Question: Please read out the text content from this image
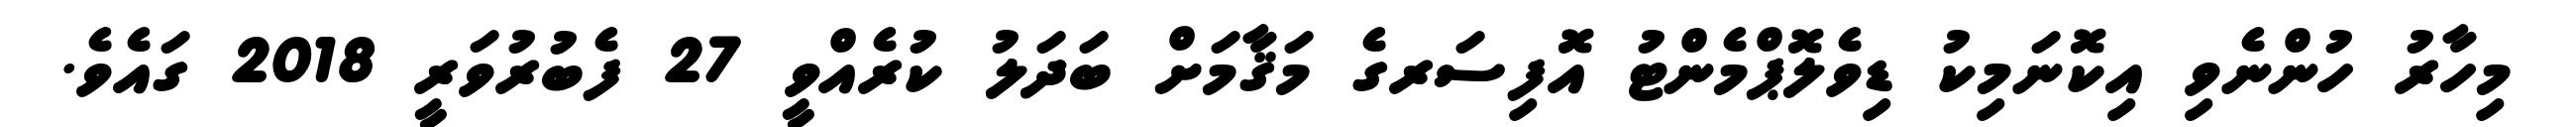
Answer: މިހާރު ހުންނެވި އިކޮނަމިކު ޑިވެލޮޕްމެންޓު އޮފިސަރގެ މަޤާމަށް ބަދަލު ކުރެއްވީ 27 ފެބުރުވަރީ 2018 ގައެވެ.